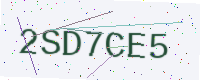
Text: 2SD7CE5